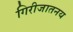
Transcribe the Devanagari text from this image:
गिरीजातनय